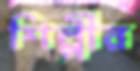
শিল্পীর